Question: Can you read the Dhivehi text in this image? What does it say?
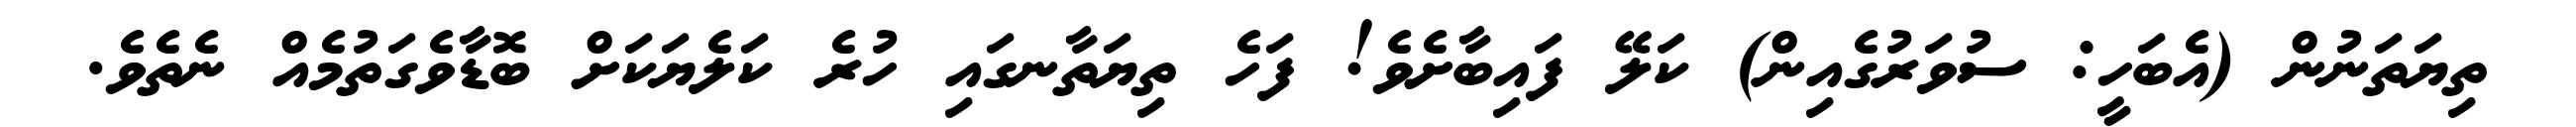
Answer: ތިޔަތަނުން (އެބަހީ: ސުވަރުގެއިން) ކަލޭ ފައިބާށެވެ! ފަހެ ތިޔަތާނގައި ހުރެ ކަލެޔަކަށް ބޮޑާވެގަތުމެއް ނެތެވެ.